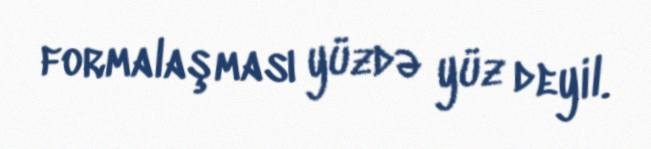
formalaşması yüzdə yüz deyil.